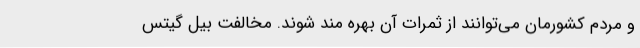
و مردم کشورمان می‌توانند از ثمرات آن بهره مند شوند. مخالفت بیل گیتس